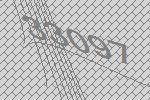
33097